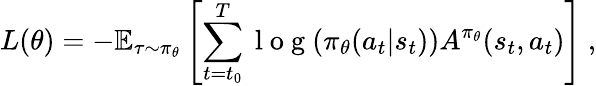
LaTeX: L(\theta)=-\mathbb{E}_{\tau\sim\pi_{\theta}}\left[\sum_{{t=t_{0}}}^{T}\mathrm{~l~o~g~}(\pi_{\theta}(a_{t}|s_{t}))A^{\pi_{\theta}}(s_{t},a_{t})\right]~,